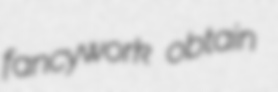
fancywork obtain